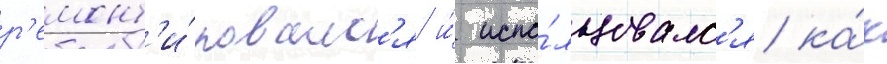
р'емонт'и́ровалс'я и́ испо́льзовалс'я ка́к